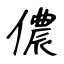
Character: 儂